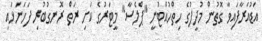
އަޑުއަރާފައިވާ ގޮތުން މުދީފުގެ ހިތްހުއްޓުނީ "ޕްލެސާ" މީޓަރުގެ ކަށި ރަތް ރޮނގުބުރި ފަހަނަޅައި